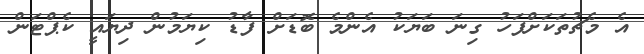
އެ މެޗުތަކަށްފަހު ގިނަ ބަޔަކު އެންމެ ބޮޑަށް ފާޑު ކިޔަމުން ދިޔައީ ކެޕްޓަން